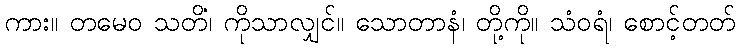
ကား။ တမေဝ သတိံ၊ ကိုသာလျှင်။ သောတာနံ၊ တို့ကို။ သံဝရံ၊ စောင့်တတ်